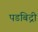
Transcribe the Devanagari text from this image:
पडबिद्री